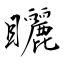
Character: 矖